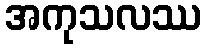
အကုသလဿ